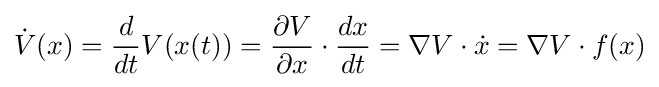
{\dot {V}}(x)={\frac {d}{dt}}V(x(t))={\frac {\partial V}{\partial x}}\cdot {\frac {dx}{dt}}=\nabla V\cdot {\dot {x}}=\nabla V\cdot f(x)